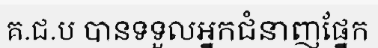
គ.ជ.ប បានទទួលអ្នកជំនាញផ្នែក